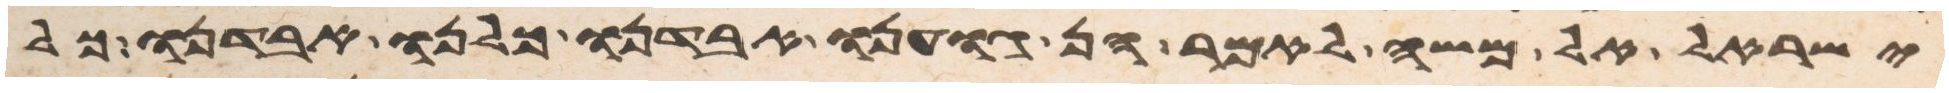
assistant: ישראל אל משה לאמר הן גוענו אבדנו כלנו אבדנו כל